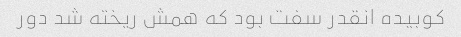
کوبیده انقدر سفت بود که همش ریخته شد دور